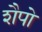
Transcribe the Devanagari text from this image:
शैपो